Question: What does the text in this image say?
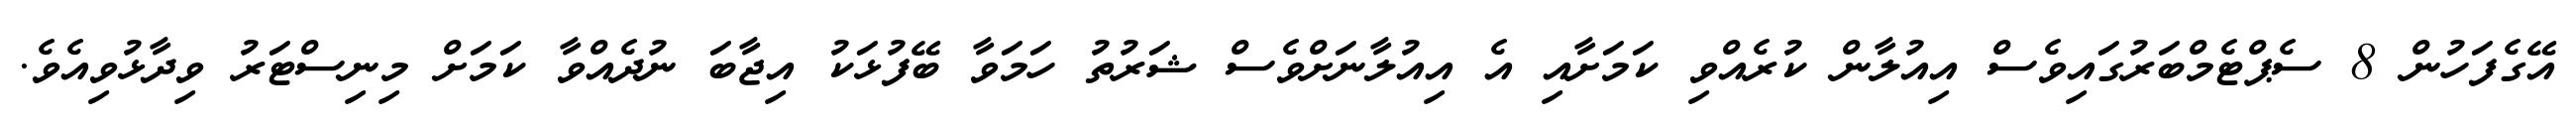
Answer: އޭގެފަހުން 8 ސެޕްޓެމްބަރުގައިވެސް އިއުލާން ކުރެއްވި ކަމަށާއި އެ އިއުލާނަށްވެސް ޝަރުތު ހަމަވާ ބޭފުޅަކު އިޖާބަ ނުދެއްވާ ކަމަށް މިނިސްޓަރު ވިދާޅުވިއެވެ.